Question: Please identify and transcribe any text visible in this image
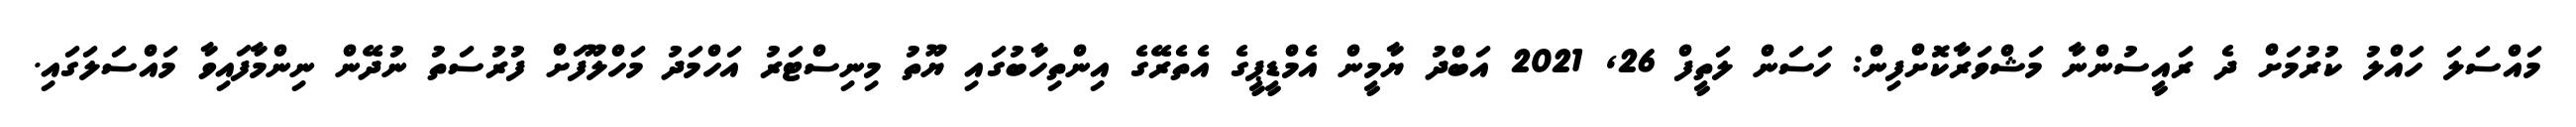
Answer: މައްސަލަ ހައްލު ކުރުމަށް ދެ ރައީސުންނާ މަޝްވަރާކޮށްފިން: ހަސަން ލަތީފް 26, 2021 އަބްދު ޔާމީން އެމްޑީޕީގެ އެތެރޭގެ އިންތިހާބުގައި ޔޫތު މިނިސްޓަރު އަހްމަދު މަހްލޫފަށް ފުރުސަތު ނުދޭން ނިންމާފައިވާ މައްސަލަގައި.